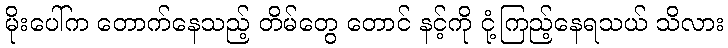
မိုးပေါ်က တောက်နေသည့် တိမ်တွေ တောင် နင့်ကို ငုံ့ကြည့်နေရသယ် သိလား